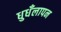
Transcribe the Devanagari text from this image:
धुधँलापन